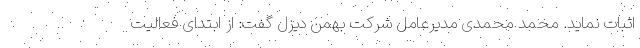
اثبات نماید. محمد محمدی مدیرعامل شرکت بهمن دیزل گفت: از ابتدای فعالیت